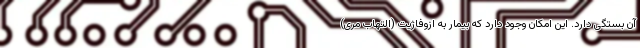
آن بستگی دارد. این امکان وجود دارد که بیمار به ازوفاژیت (التهاب مری)